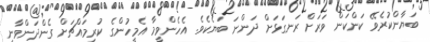
ބަޔާންކުރެވޭ ކަންކަން ވަރަށް ރަނގަޅަށް ދަންނަ ބަޔެކެވެ. އެހެންވީމާ އެމީހުންގެ ކުރިމައްޗަށް ގެންދަންވާނީ